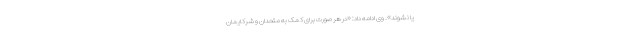
یا نشوند». وی ادامه داد: «در هر صورت برای کمک به متحدان و شرکایمان